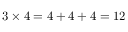
3 \times 4 = 4 + 4 + 4 = 1 2